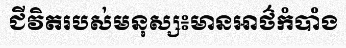
ជីវិតរបស់មនុស្ស៖មានអាថ៌កំបាំង